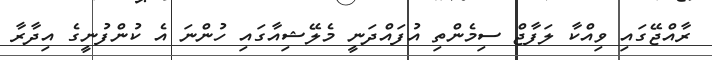
ރާއްޖޭގައި ވިއްކާ ލަފާޖް ސިމެންތި އުފައްދަނީ މެލޭޝިއާގައި ހުންނަ އެ ކުންފުނީގެ އިދާރާ